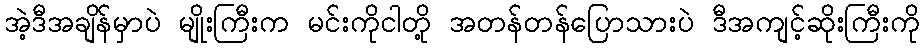
အဲ့ဒီအချိန်မှာပဲ မျိုးကြီးက မင်းကိုငါတို့ အတန်တန်ပြောသားပဲ ဒီအကျင့်ဆိုးကြီးကို